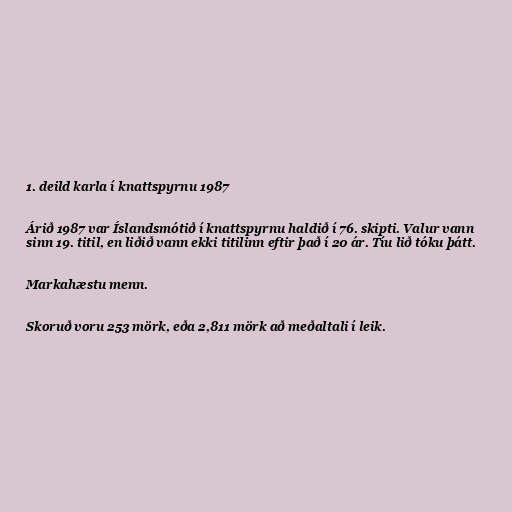
1. deild karla í knattspyrnu 1987

Árið 1987 var Íslandsmótið í knattspyrnu haldið í 76. skipti. Valur vann
sinn 19. titil, en liðið vann ekki titilinn eftir það í 20 ár. Tíu lið tóku þátt.

Markahæstu menn.

Skoruð voru 253 mörk, eða 2,811 mörk að meðaltali í leik.